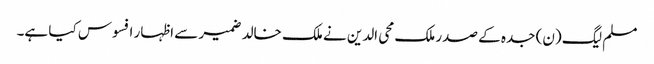
مسلم لیگ (ن) جدہ کے صدر ملک محی الدین نے ملک خالد ضمیر سے اظہار افسوس کیا ہے۔